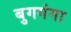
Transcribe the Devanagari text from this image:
बुगगंगा